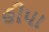
હીપા